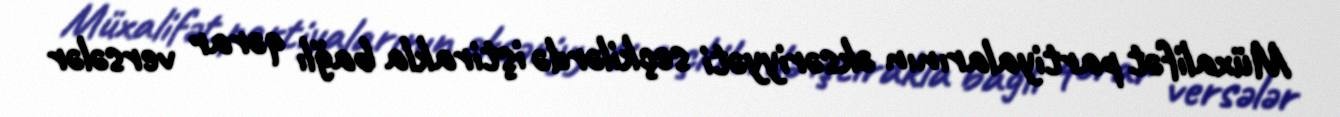
Müxalifət partiyalarının əksəriyyəti seçkilərdə iştirakla bağlı qərar versələr